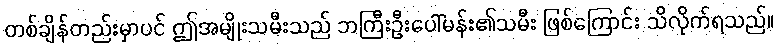
တစ်ချိန်တည်းမှာပင် ဤအမျိုးသမီးသည် ဘကြီးဦးပေါ်မန်း၏သမီး ဖြစ်ကြောင်း သိလိုက်ရသည်။